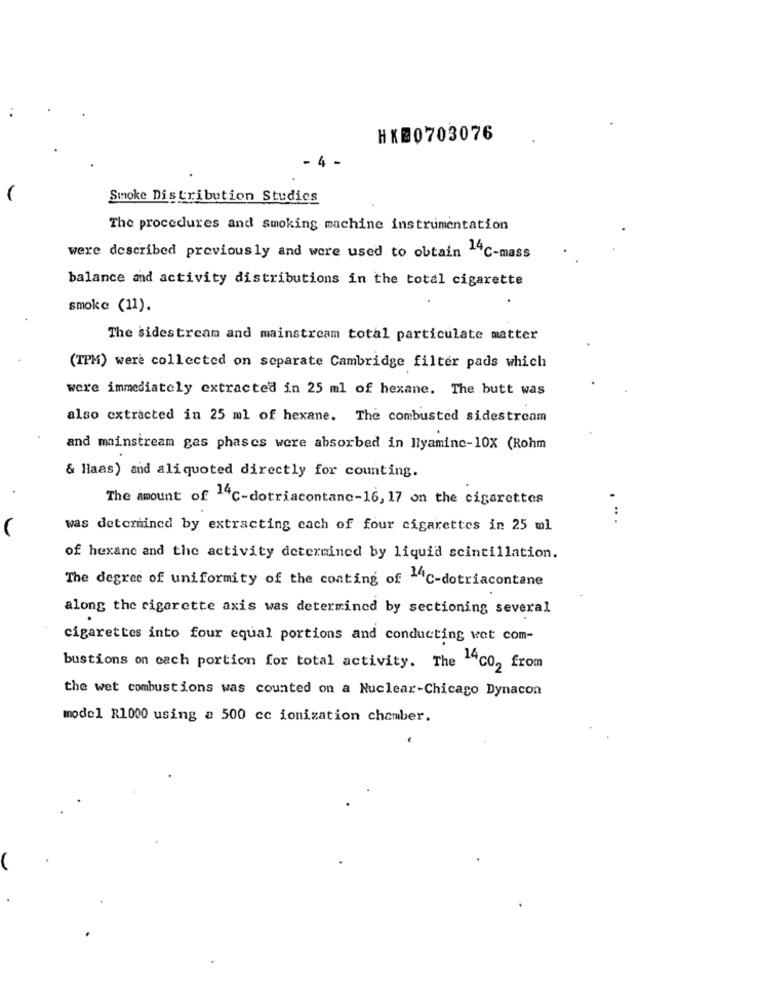
HX@0703076
4
Smoke Distribution Studics
The procedures and smoking machine instrumentation
were described previously and were used to obtain 14℃-mass
balance and activity distributions in the total cigarette
smoke (11).
The sidestream and mainstream total particulate matter
(TPM) were collected on separate Cambridge filter pads which
were immediately extracted in 25 ml of hexane. The butt was
also extracted in 25 ml of hexane. The combusted sidestream
and mainstream gas phases were absorbed in llyamine-10X (Rohm
& Haas) and ali quoted directly for counting.
The amount of 14℃-dotriacontanc-16, 17 on the cigarettes
...
was determined by extracting each of four cigarettes in 25 ml
of hexane and the activity determined by liquid scintillation.
The degree of uniformity of the coating of -4℃-dotriacontane
along the cigarette axis was determined by sectioning several
cigarettes into four equal portions and conducting wet com-
bustions on cach portion for total activity. The 14c02 from
the wet combustions was counted on a Nuclear-Chicago Dynacon
model R1000 using a 500 cc ionization chamber.